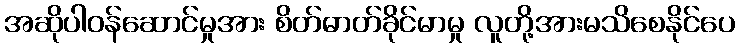
အဆိုပါဝန်ဆောင်မှုအား စိတ်ဓာတ်ခိုင်မာမှု လူတို့အားမသိစေနိုင်ပေ